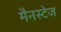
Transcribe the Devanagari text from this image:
मैनस्टेज